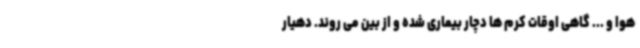
هوا و ... گاهی اوقات کرم ها دچار بیماری شده و از بین می روند. دهیار